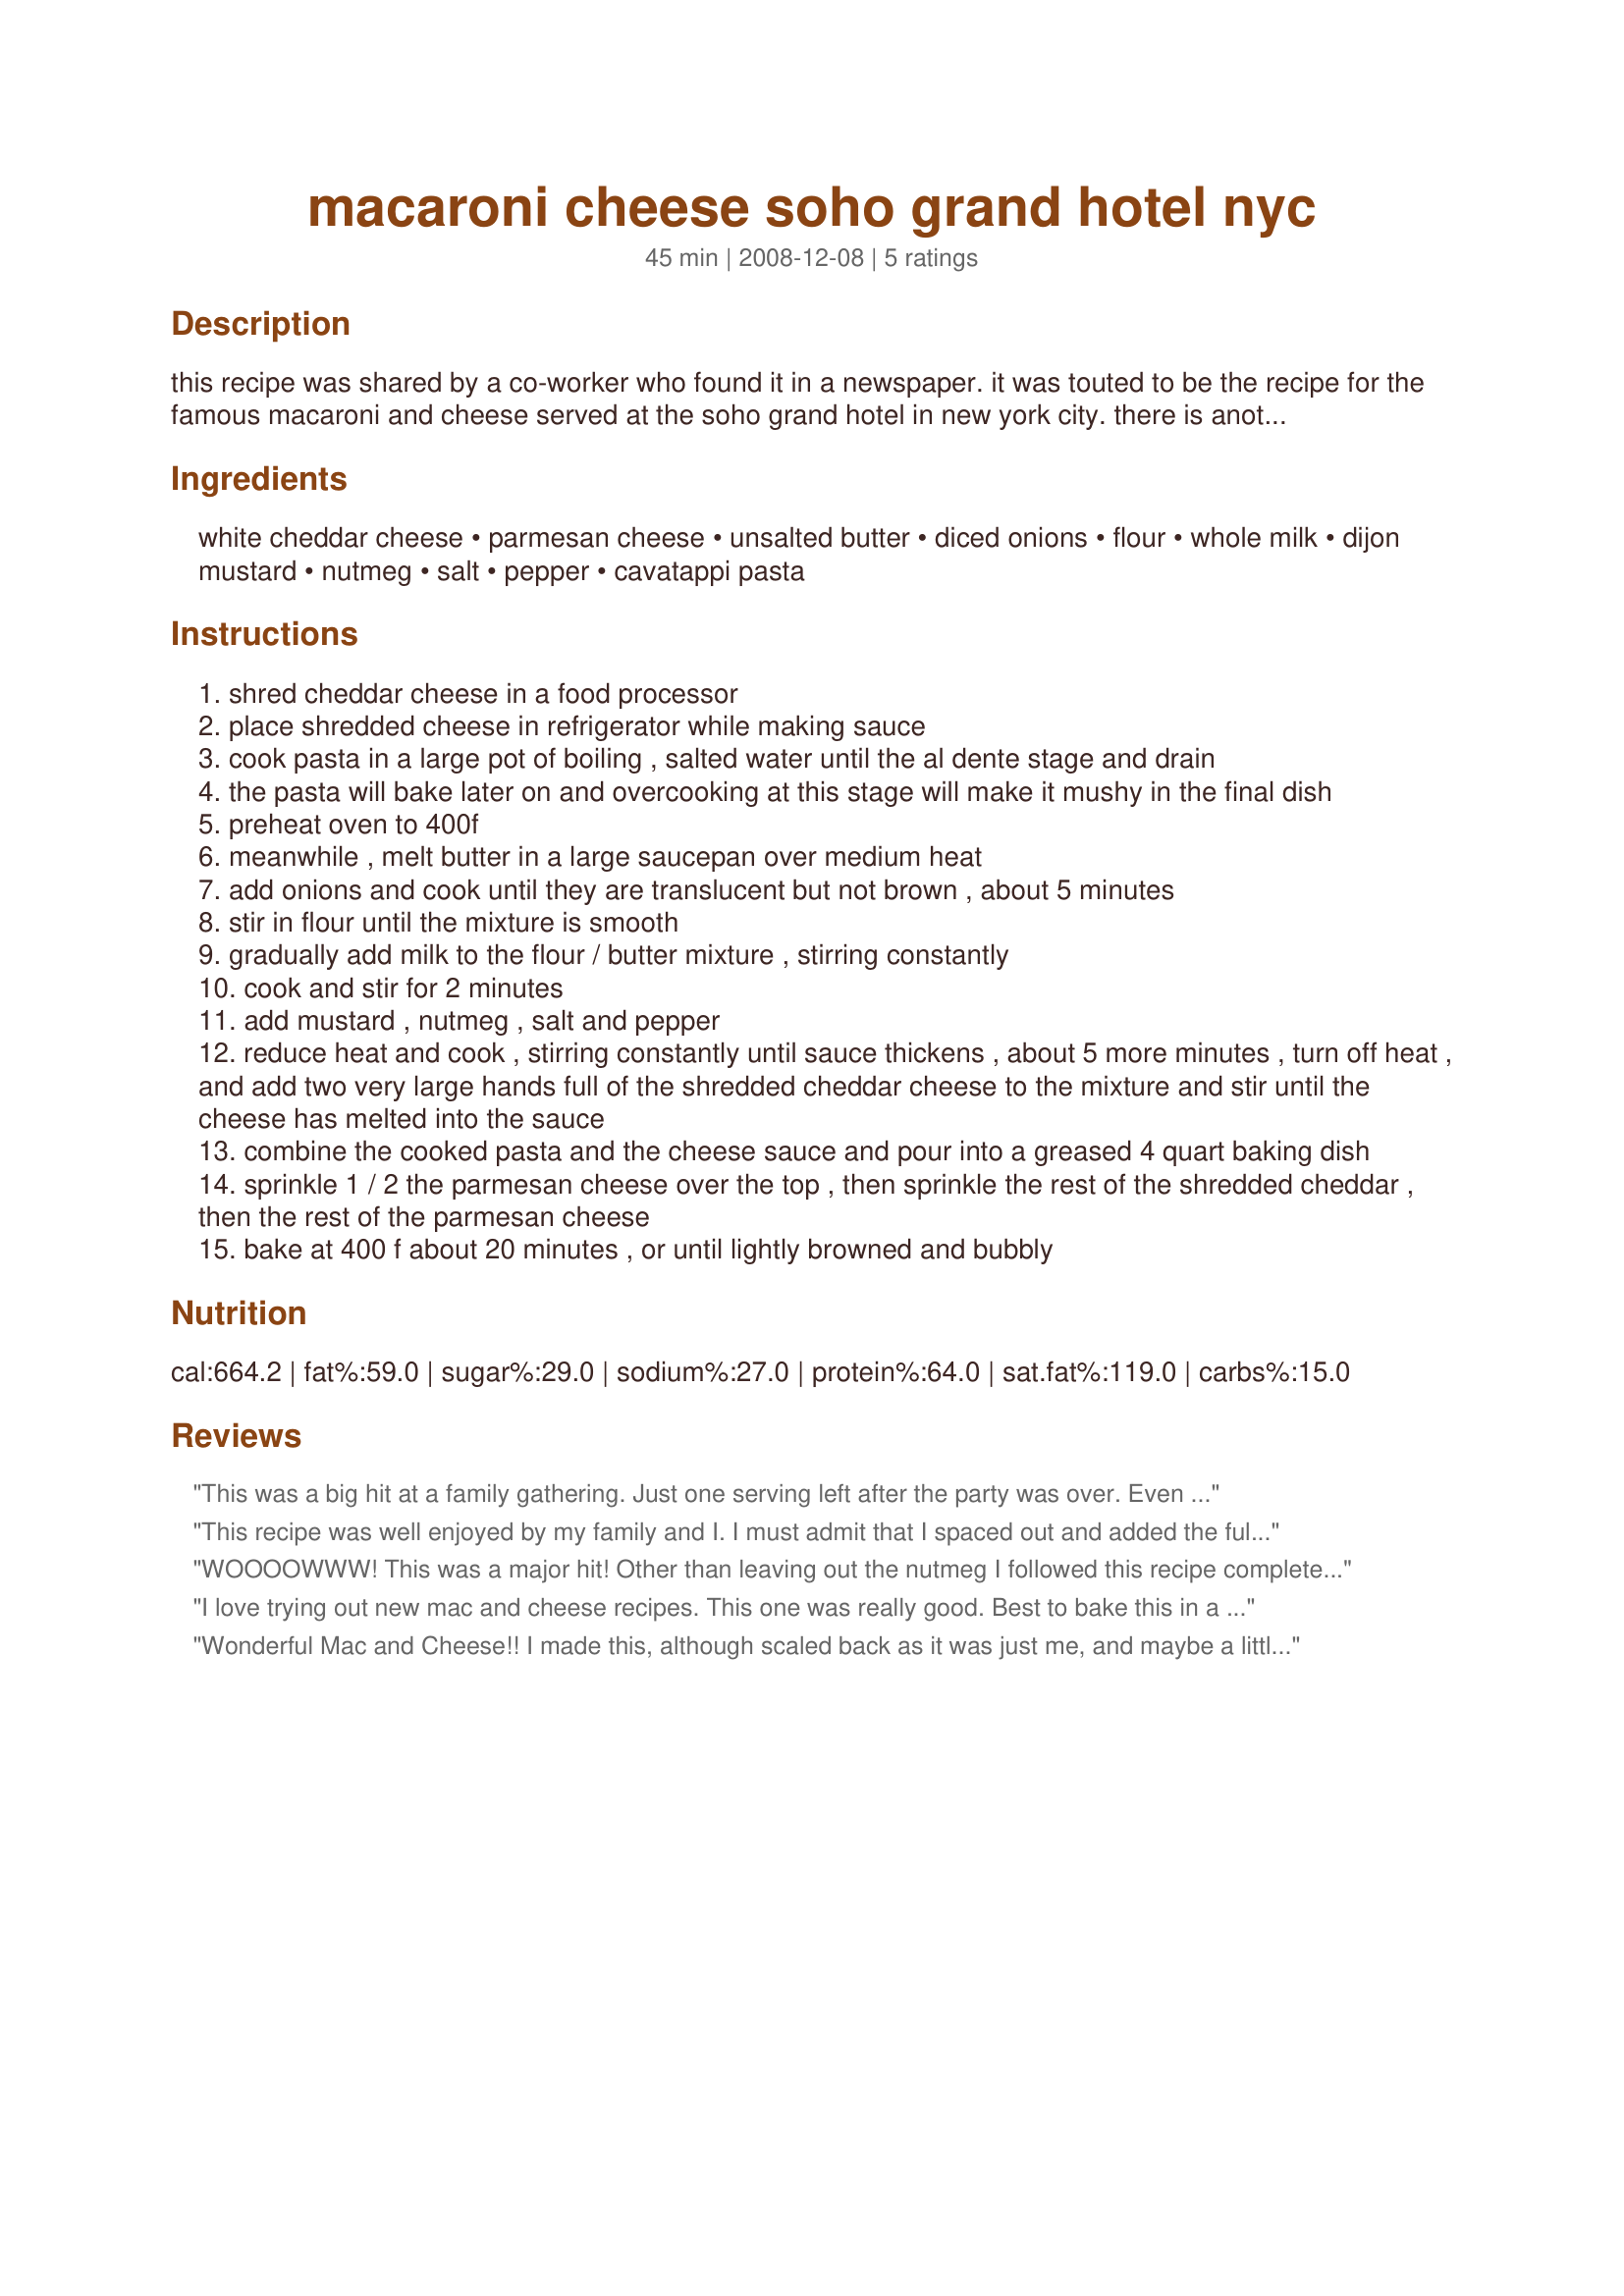
macaroni cheese soho grand hotel nyc
Preparation time: 45 minutes

this recipe was shared by a co-worker who found it in a newspaper. it was touted to be the recipe for the famous macaroni and cheese served at the soho grand hotel in new york city. there is another recipe posted on this site that also claims to be the soho grand's recipe, but it's different. i've never been to the soho grand, so i can't say if either of them are the right one, but i can tell you that this recipe is absolutely delicious. one of the best mac and cheese recipes i've tasted to date.

Ingredients:
white cheddar cheese, parmesan cheese, unsalted butter, diced onions, flour, whole milk, dijon mustard, nutmeg, salt, pepper, cavatappi pasta

Steps:
shred cheddar cheese in a food processor
place shredded cheese in refrigerator while making sauce
cook pasta in a large pot of boiling , salted water until the al dente stage and drain
the pasta will bake later on and overcooking at this stage will make it mushy in the final dish
preheat oven to 400f
meanwhile , melt butter in a large saucepan over medium heat
add onions and cook until they are translucent but not brown , about 5 minutes
stir in flour until the mixture is smooth
gradually add milk to the flour / butter mixture , stirring constantly
cook and stir for 2 minutes
add mustard , nutmeg , salt and pepper
reduce heat and cook , stirring constantly until sauce thickens , about 5 more minutes , turn off heat , and add two very large hands full of the shredded cheddar cheese to the mixture and stir until the cheese has melted into the sauce
combine the cooked pasta and the cheese sauce and pour into a greased 4 quart baking dish
sprinkle 1 / 2 the parmesan cheese over the top , then sprinkle the rest of the shredded cheddar , then the rest of the parmesan cheese
bake at 400 f about 20 minutes , or until lightly browned and bubbly

Reviews:
This was a big hit at a family gathering. Just one serving left after the party was over. Even the kids, who only love the box kind, had seconds of this one! Thanks for the great recipe.
This recipe was well enjoyed by my family and I. I must admit that I spaced out and added the full measure of cheese to the milk sauce instead of adding half and layering the cheese over macaroni prior to placing it into the oven, therefore I didn’t have cheese to sprinkle over the top either. Though I made this error, it was still good. I added a bit of onion powder and a touch of garlic powder, black and white pepper to pump up flavors. We all enjoyed it as a side to our hot dogs. Thank you PanNan for sharing. Made it for CQ3 – New York, 2016.
WOOOOWWW! This was a major hit! Other than leaving out the nutmeg I followed this recipe completely, it turned out GREAT! Thank you so much for posting!
I love trying out new mac and cheese recipes. This one was really good. Best to bake this in a shallow pan so that each portion has the right amount of baked cheese on top. Next time I make this I will halve the recipe, the leftovers were a little too dry the next day. Still, quite tasty. Thanks for posting.
Wonderful Mac and Cheese!! I made this, although scaled back as it was just me, and maybe a little less cheese, (can't believe I did that lol) as written!! I noticed that after adding most of the cheese to the sauce, it was very cheesy and that didn't even include the cheeses on top. This is the first time using white cheddar and it was very good. Thanks for sharing the recipe. Made for CQ 2016.
